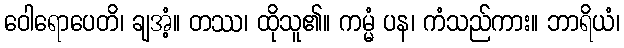
ဝေါရောပေတိ၊ ချအံ့။ တဿ၊ ထိုသူ၏။ ကမ္မံ ပန၊ ကံသည်ကား။ ဘာရိယံ၊